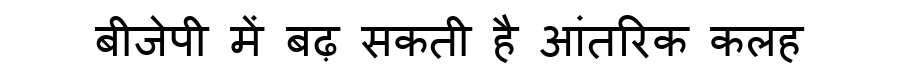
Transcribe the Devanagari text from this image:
बीजेपी में बढ़ सकती है आंतरिक कलह